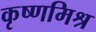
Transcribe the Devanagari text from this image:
कृष्णमिश्र